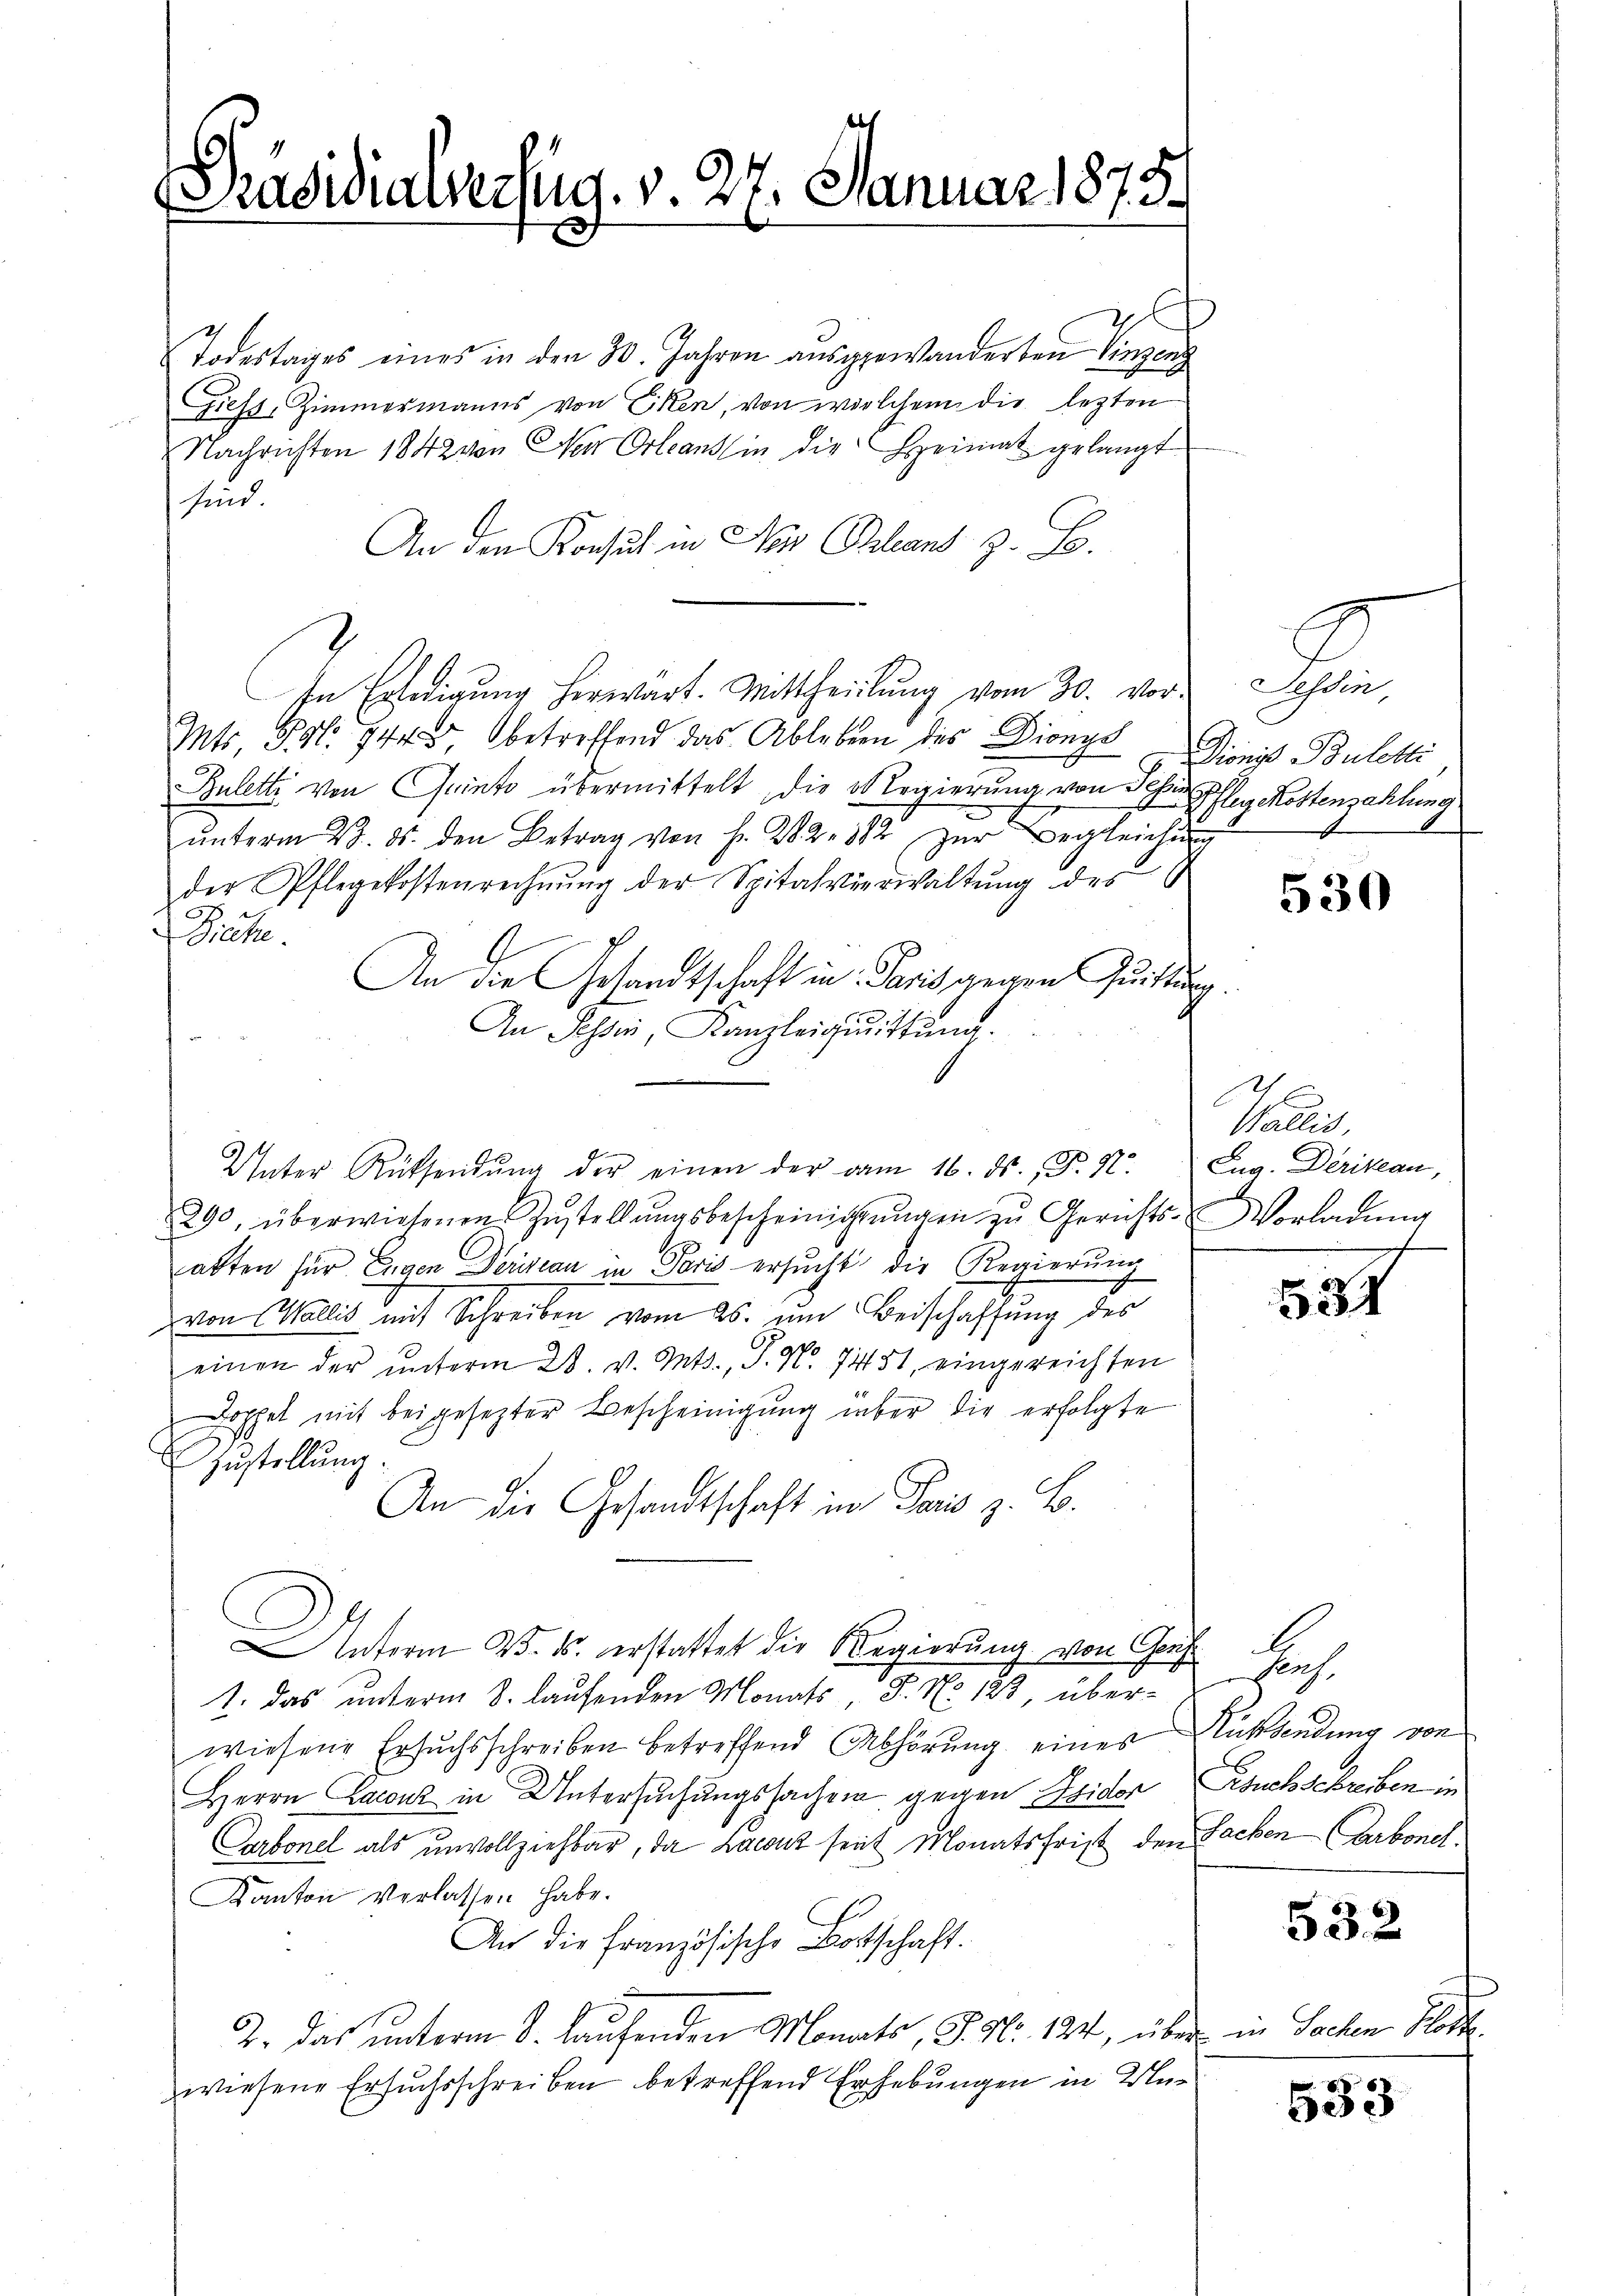
Präsidialverfug. v. 27. Januar 1875.

Todestages eines in den 30. Jahren ausgewanderten Singen
Giess, Zimmermanns von Eken, von welchem die lezten
Nachrichten 1842 von Neu Orleantin die Heimat gelangt
sind
An den Konsul in Nos Bland z. B.
In Erledigung herwart. Mittheilung vom 30. vor¬
Mts. Fr. 944 betreffend das Ableben des Dionys
Buletti von Quinte übermittelt, die er Regierung von Sehr pfleg Kostenzahlung
ŭnterm 28. ds. den Betrag von H. V 2. 312 zŭr Begleichung
der Pflegekostenrechnŭng der Spitalverwaltŭng des E
.
Dieche.
An die Gesandtschaft in Paris gegen Quittung.
An Tessin, Kanzleichnittung.
Unter Rücksendŭng der einen der vom 16. ds., F. N. Zug. Derikan,
290, überwiesenen Zustellŭngsbescheinigŭngen zŭ Gerichts-Vorladŭng
E
alten für Eugen Derizian in Paris ersucht die Regierung
von Wallis mit Schreiben vom 26. um Beischaffung des
einen der ŭnterm 28. v. Mts., S. N. 7451, eingereichten
Dophet mit bei gesezter Bescheinigung über die erfolgte
Zustellung.
An die Gesandtschaft im Paris z. B.
nterm 25. ds. erstattet die Regierung von Graf
1. Das unterm 8. laufenden Monats, S. No 123, überwiesene Ersuchsschreiben betreffend Abhörung eines Rücksendung von
Herrn Lacanz in Untersuchungssachen gegen Eidor Gesuchschreiben in
Carbonel als unvollziehbar, da Lacanz seit Monatsfrist den Sachen Carbonel¬
Kanton verlassen habe.
An die französische Bottschaft.
2. Das unterm 8. laufenden Monats, S. Nr. 124, über in Sachen Hoch
zwiesene Ersuchsschreiben betreffend Erhebungen in Un¬

Tessin
Dionis Buletti
f
x

530

Salle

532

flich.

532

533